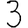
Digit: 3